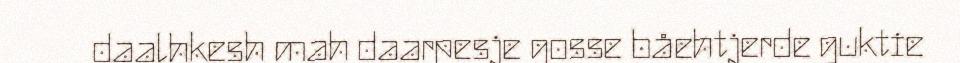
daalhkesh mah daarpesje gosse båehtjerde guktie